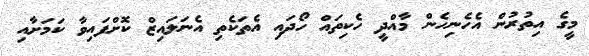
މީގެ އިތުރުން އެހެނިހެން މާއްދީ ހެކިތައް ހޯދައި އެތަކެތި އެނަލައިޒް ކޮށްފައިވާ ކަމަށާއި